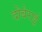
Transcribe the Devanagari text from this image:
दोबेराई